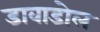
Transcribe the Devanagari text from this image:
डावाडोल